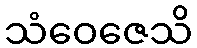
သံဝေဇေသိ